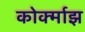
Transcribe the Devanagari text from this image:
कोर्क्माझ